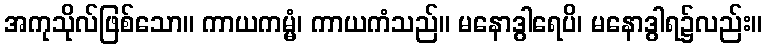
အကုသိုလ်ဖြစ်သော။ ကာယကမ္မံ၊ ကာယကံသည်။ မနောဒွါရေပိ၊ မနောဒွါရ၌လည်း။